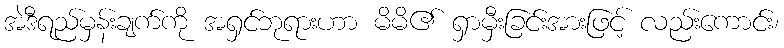
အဲဒီရည်မှန်းချက်ကို အရှင်ဘုရားဟာ မိမိ၏ ရှာမှီးခြင်းအားဖြင့် လည်းကောင်း၊